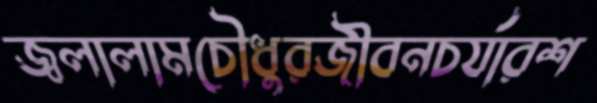
জ্বলালামচৌধুরজীবনচর্যারশ